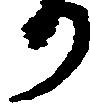
り